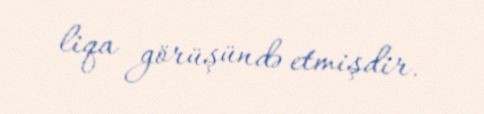
liqa görüşündə etmişdir.